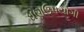
ઘણઉપયોગી